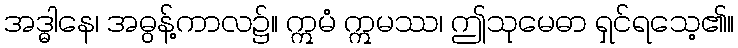
အဒ္ဓါနေ၊ အဓွန့်ကာလ၌။ ဣမံ ဣမဿ၊ ဤသုမေဓာ ရှင်ရသေ့၏။